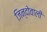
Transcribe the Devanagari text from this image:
जिन्दोवाली